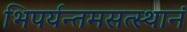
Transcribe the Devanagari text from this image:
भिपर्यन्तमसत्स्थानं